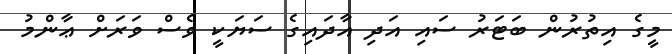
މީގެ އިތުރުން ބަޓަރު ސައި އަދި އާދައިގެ ސަޔަކީ ވެސް ވަރަށް ޢާންމު